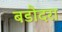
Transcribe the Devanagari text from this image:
बडौदरा